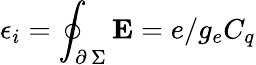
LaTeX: \epsilon_{i}=\oint_{\scriptstyle\partial\, \Sigma}\textbf{E}=e/g_{e}C_{q}